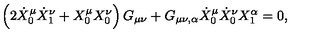
\left( 2 \dot { X } _ { 0 } ^ { \mu } \dot { X } _ { 1 } ^ { \nu } + X _ { 0 } ^ { \mu } X _ { 0 } ^ { \nu } \right) G _ { \mu \nu } + G _ { \mu \nu , \alpha } \dot { X } _ { 0 } ^ { \mu } \dot { X } _ { 0 } ^ { \nu } X _ { 1 } ^ { \alpha } = 0 ,